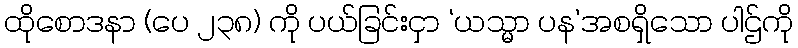
ထိုစောဒနာ (ပေ ၂၃၈) ကို ပယ်ခြင်းငှာ ‘ယသ္မာ ပန’အစရှိသော ပါဌ်ကို